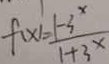
f ( x ) ^ { \prime } = \frac { 1 - 3 ^ { x } } { 1 + 3 ^ { x } }